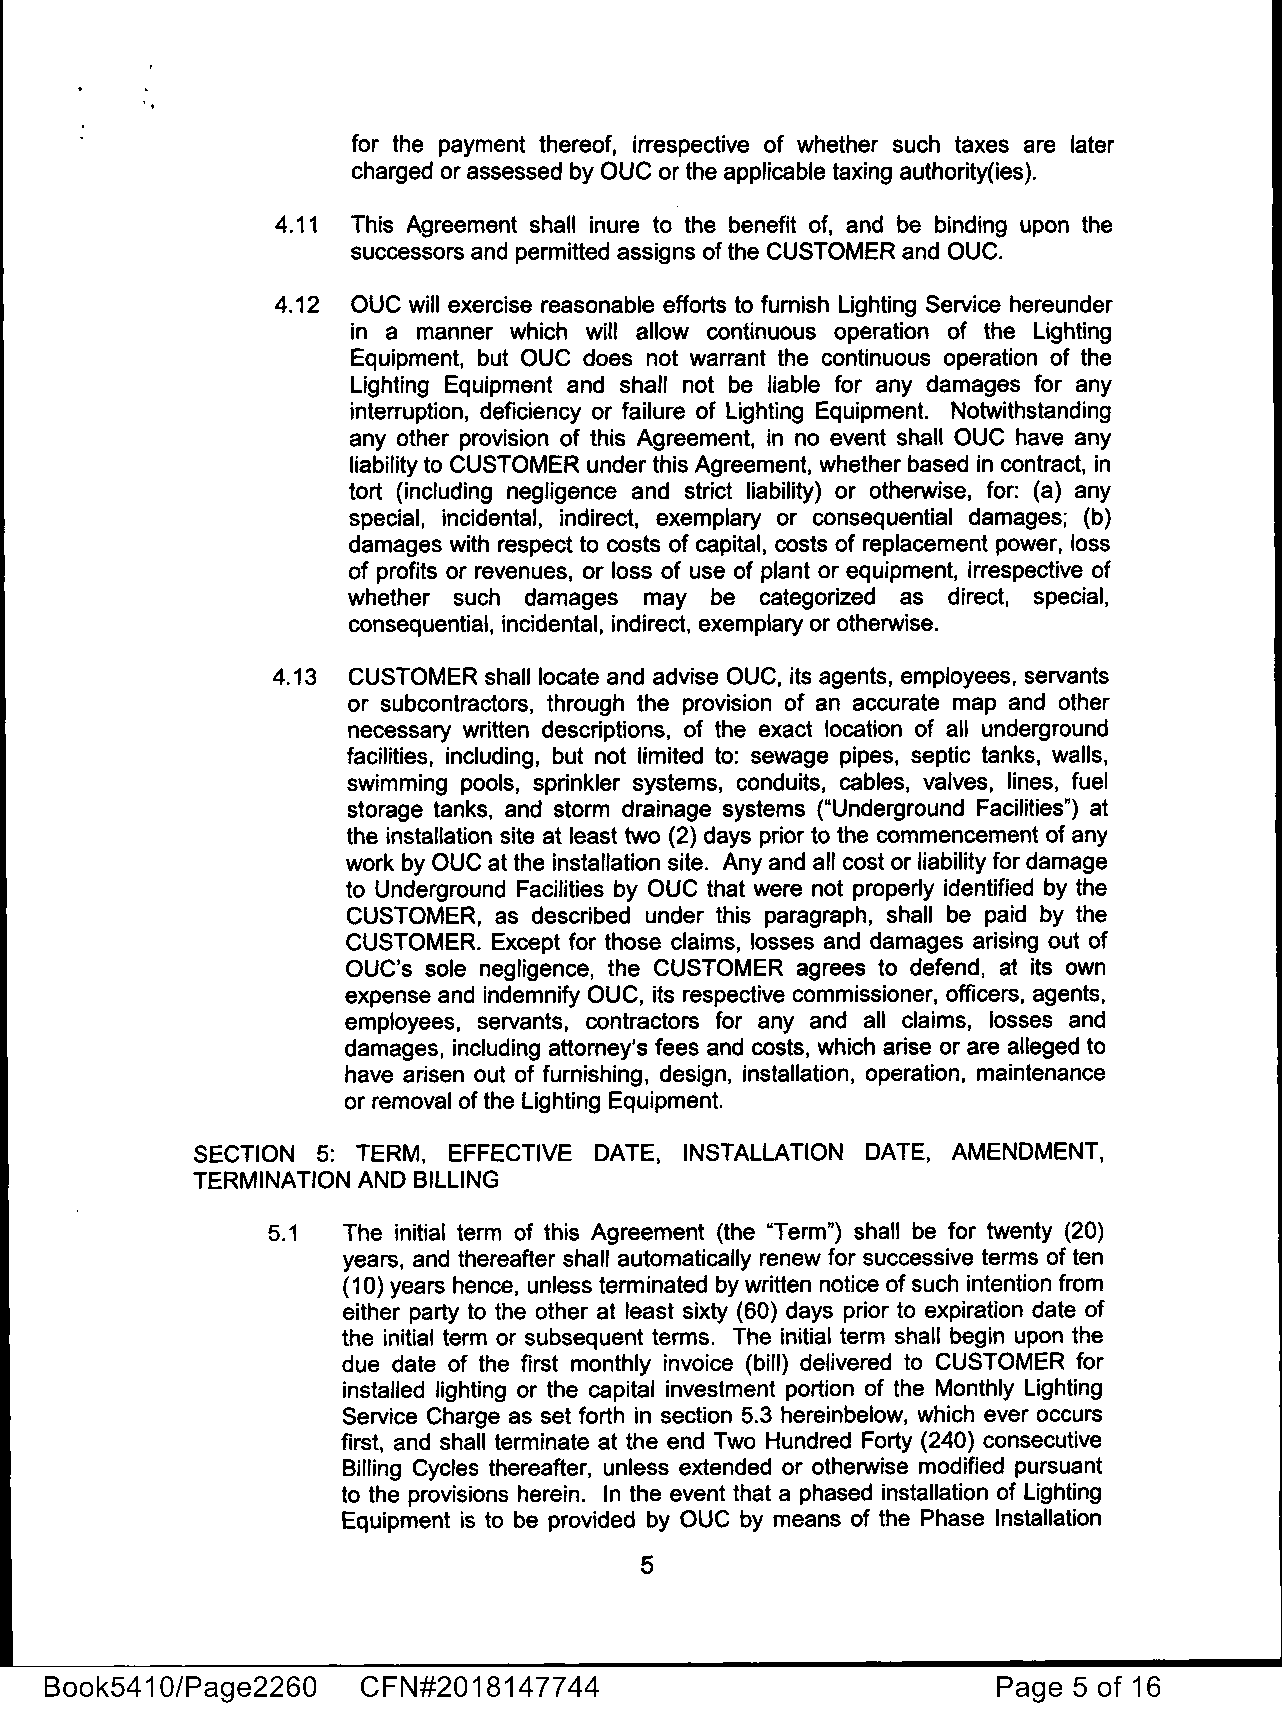
for the payment thereof, irrespective of whether such taxes are later
 charged or assessed by OUC or the applicable taxing authority{ies).
 4.11 This Agreement shall inure to the benefit of, and be binding upon the
 successors and permitted assigns of the CUSTOMER and OUC.
 4.12 OUC will exercise reasonable efforts to furnish Lighting Service hereunder
 in a manner which will allow continuous operation of the Lighting
 Equipment, but OUC does not warrant the continuous operation of the
 Lighting Equipment and shall not be liable for any damages for any
 interruption, deficiency or failure of Lighting Equipment. Notwithstanding
 any other provision of this Agreement, in no event shall OUC have any
 liability to CUSTOMER under this Agreement, whether based in contract, in
 tort {including negligence and strict liability) or otherwise, for: {a) any
 special, incidental, indirect, exemplary or consequential damages; (b)
 damages with respect to costs of capital, costs of replacement power, loss
 of profits or revenues, or loss of use of plant or equipment, irrespective of
 whether such damages may be categorized as direct, special,
 consequential, incidental, indirect, exemplary or otherwise.
 4.13 CUSTOMER shall locate and advise OUC, its agents, employees, servants
 or subcontractors, through the provision of an accurate map and other
 necessary written descriptions, of the exact location of all underground
 facilities, including, but not limited to: sewage pipes, septic tanks, walls,
 swimming pools, sprinkler systems, conduits, cables, valves, lines, fuel
 storage tanks, and storm drainage systems ("Underground Facilities") at
 the installation site at least two (2) days prior to the commencement of any
 work by OUC at the installation site. Any and all cost or liability for damage
 to Underground Facilities by OUC that were not properly identified by the
 CUSTOMER, as described under this paragraph, shall be paid by the
 CUSTOMER. Except for those claims, losses and damages arising out of
 OUC's sole negligence, the CUSTOMER agrees to defend, at its own
 expense and indemnify OUC, its respective commissioner, officers, agents,
 employees, servants, contractors for any and all claims, losses and
 damages, including attorney's fees and costs, which arise or are alleged to
 have arisen out of furnishing, design, installation, operation, maintenance
 or removal of the Lighting Equipment.
 SECTION 5: TERM, EFFECTIVE DATE, INSTALLATION DATE, AMENDMENT,
 TERMINATION AND BILLING
 5.1  The initial term of this Agreement (the "Term") shall be for twenty (20)
 years, and thereafter shall automatically renew for successive terms of ten
 (10) years hence, unless terminated by written notice of such intention from
 either party to the other at least sixty (60) days prior to expiration date of
 the initial term or subsequent terms. The initial term shall begin upon the
 due date of the first monthly invoice (bill) delivered to CUSTOMER for
 installed lighting or the capital investment portion of the Monthly Lighting
 Service Charge as set forth in section 5.3 hereinbelow, which ever occurs
 first, and shall terminate at the end Two Hundred Forty (240) consecutive
 Billing Cycles thereafter, unless extended or otherwise modified pursuant
 to the provisions herein. In the event that a phased installation of Lighting
 Equipment is to be provided by OUC by means of the Phase Installation
 5
 Book5410/Page2260    CFN#2018147744                            Page 5 of 16